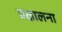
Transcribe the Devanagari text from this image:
प्रक्षालना